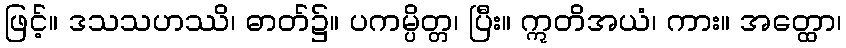
ဖြင့်။ ဒသသဟဿိ၊ ဓာတ်၌။ ပကမ္ပိတ္တ၊ ပြီး။ ဣတိအယံ၊ ကား။ အတ္ထော၊